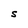
Character: S